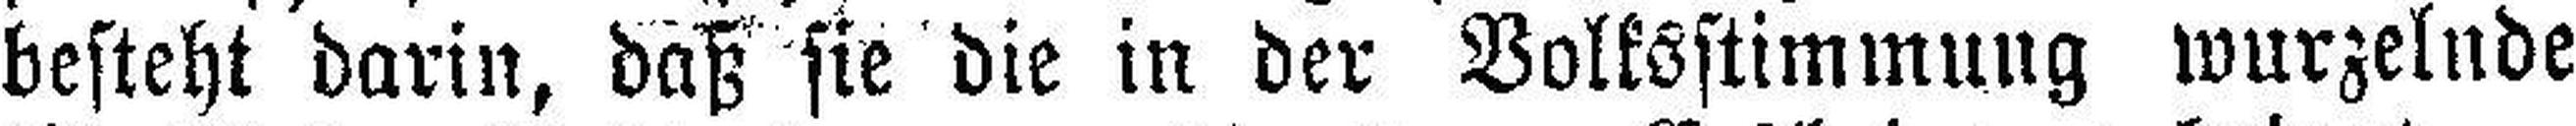
besteht darin, daß sie die in der Volksstimmung wurzelnde